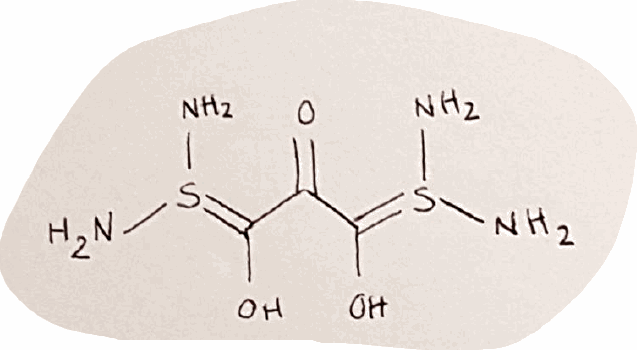
Simplified molecular-input line-entry system (SMILES) notation of the given molecule:
C(=O)(C(=S(N)N)O)C(=S(N)N)O